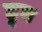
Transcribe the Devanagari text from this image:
हुघ